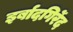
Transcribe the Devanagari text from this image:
इर्बादगिर्रेद